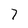
Character: 7